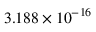
\phantom { + } 3 . 1 8 8 \times 1 0 ^ { - 1 6 }